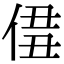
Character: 𠊣